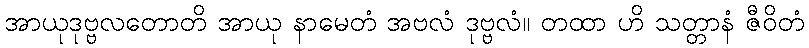
အာယုဒုဗ္ဗလတောတိ အာယု နာမေတံ အဗလံ ဒုဗ္ဗလံ။ တထာ ဟိ သတ္တာနံ ဇီဝိတံ